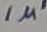
Text: 1µ